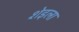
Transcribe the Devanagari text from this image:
शेइला